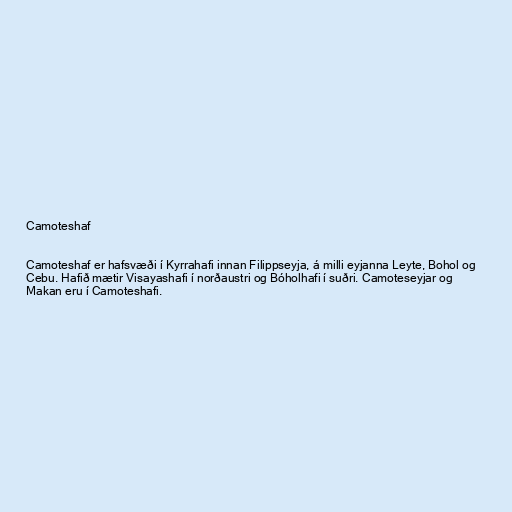
Camoteshaf

Camoteshaf er hafsvæði í Kyrrahafi innan Filippseyja, á milli eyjanna Leyte, Bohol og
Cebu. Hafið mætir Visayashafi í norðaustri og Bóholhafi í suðri. Camoteseyjar og
Makan eru í Camoteshafi.